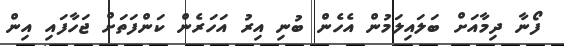
ފޯނާ ދިމާއަށް ބަލައިލަމުން އެހެން ބުނި އިރު އަހަރެން ކަންފަތަށް ޖަހާފައި އިން